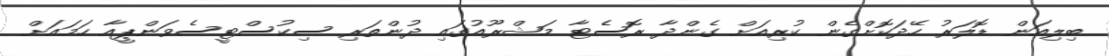
ބިލިއަން ޑޮލަރު ހޭދަކޮށްގެން ކުރިއަށް ގެންދާ ރޮސެޓާ މަޝްރޫއުގައި ދުންތަރި ސިކުސްޓީސެވަންޕީއާ ހަމައަށް